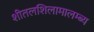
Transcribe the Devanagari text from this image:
शीतलशिलामालम्ब्य